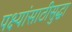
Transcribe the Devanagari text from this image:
पक्ष्यांसाठीसुद्धा